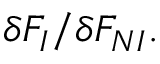
\delta F _ { I } / \delta F _ { N I } .